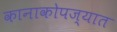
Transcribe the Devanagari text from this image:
कानाकोपज्यात